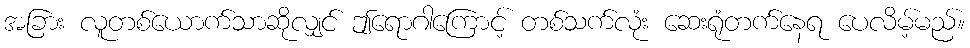
အခြား လူတစ်ယောက်သာဆိုလျှင် ဤရောဂါကြောင့် တစ်သက်လုံး ဆေးရုံတက်နေရ ပေလိမ့်မည်။